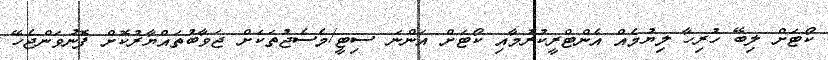
ކޯޓަށް ލިބޭ ހުރިހާ ލިޔުމެއް އެންޓްރީކުރުމާއި ކޯޓަށް އަންނަ ސިޓީ/މެސެޖުތަކަށް ޖަވާބުތައްޔާރުކޮށް ފޮނުވަންޖެހޭ